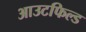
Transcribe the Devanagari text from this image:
आउटफिल्ड